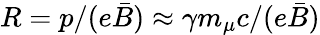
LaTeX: R=p/(e\bar{B})\approx\gamma m_{\mu}c/(e\bar{B})